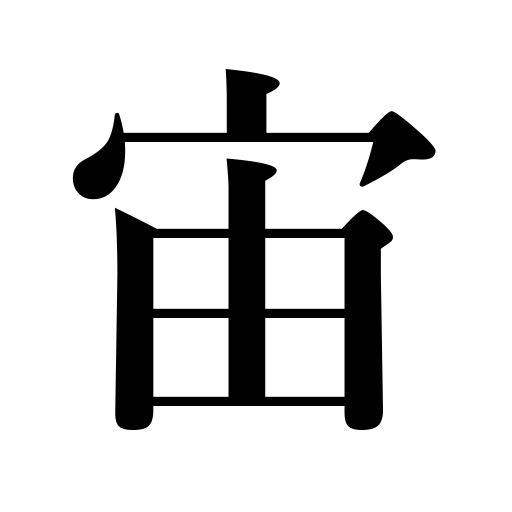
Meanings: heaven,memorization,air,interval of time,mid-air,space,sky